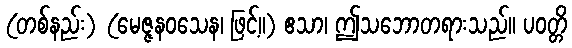
(တစ်နည်း) (မေဇ္ဇနဝသေန၊ ဖြင့်။) ဧသာ၊ ဤသဘောတရားသည်။ ပဝတ္တိ